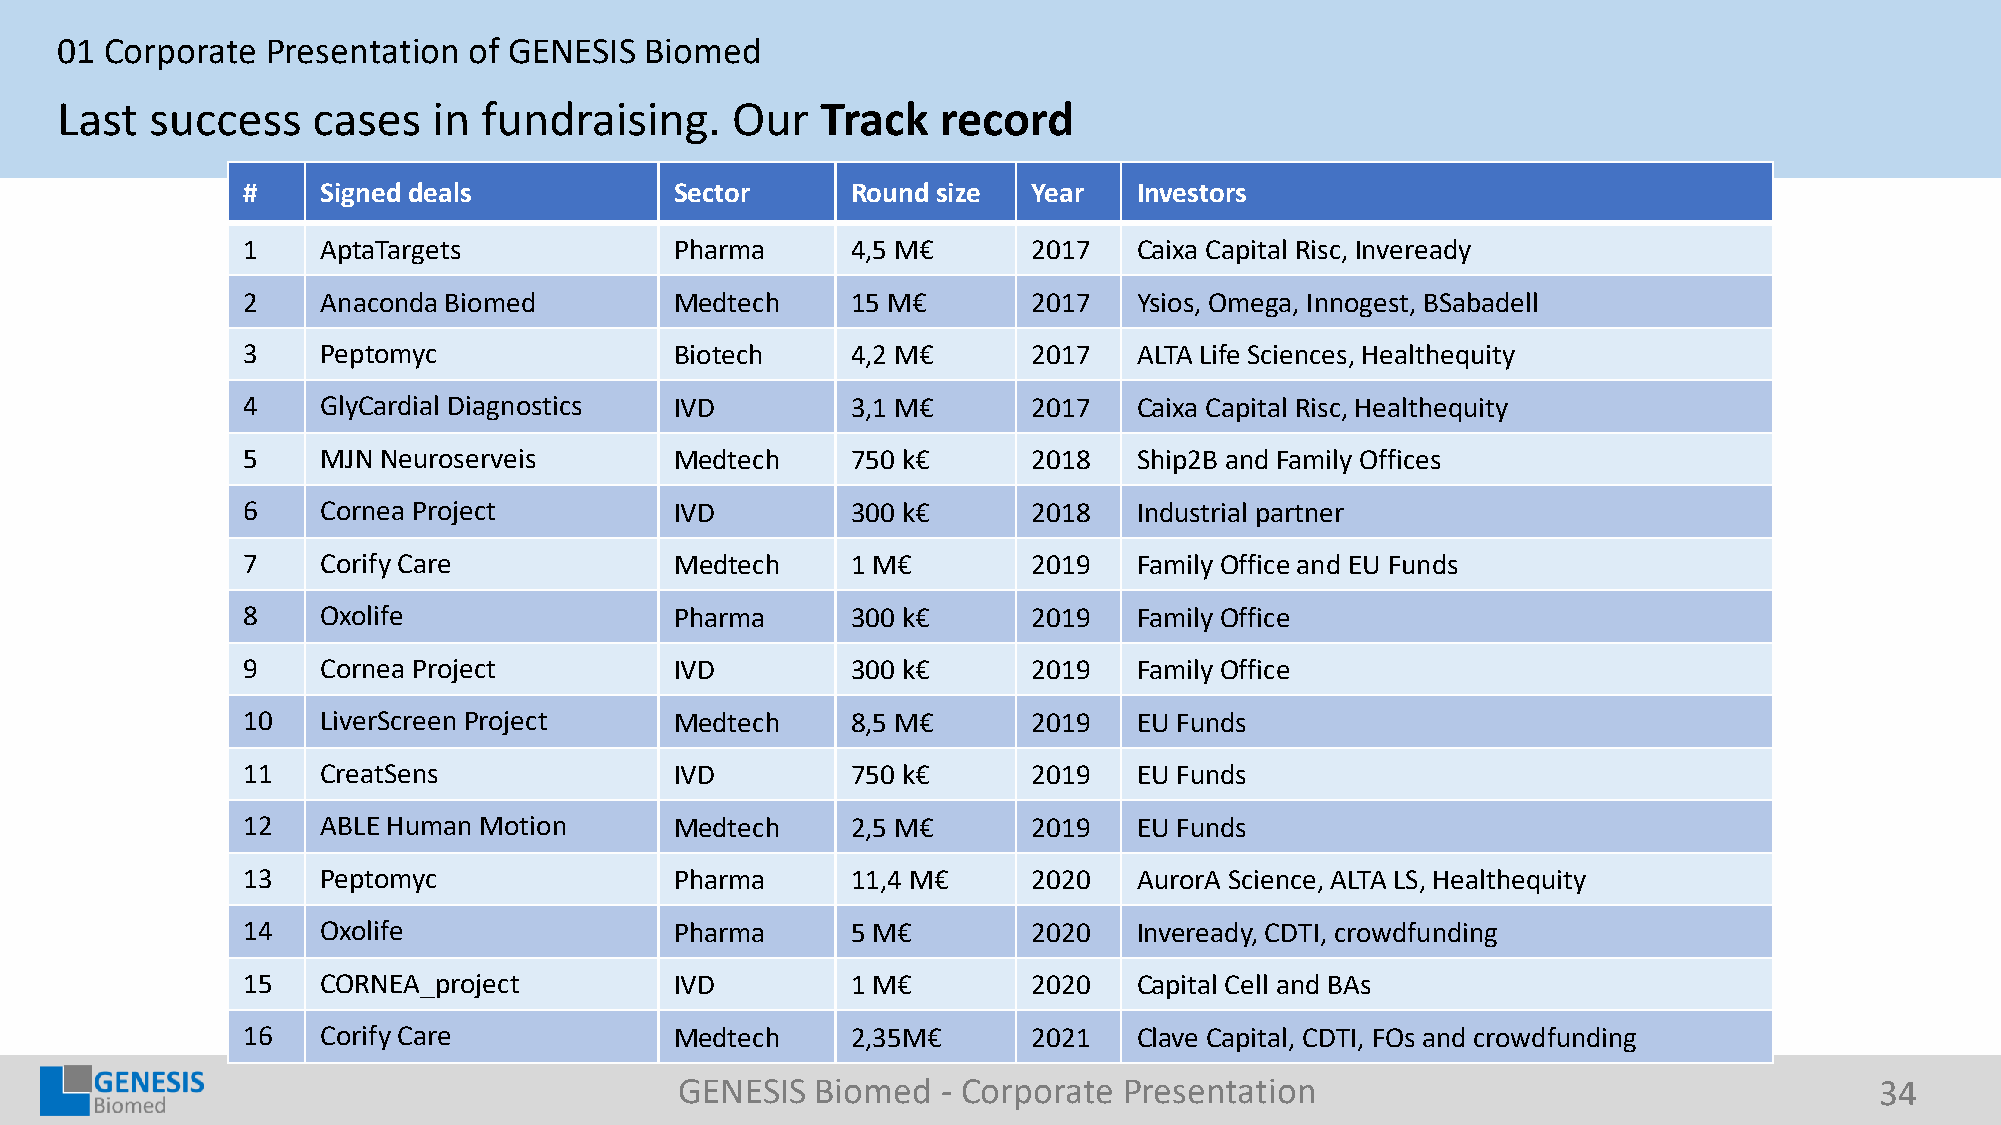
01 Corporate  Presentation of GENESIS  Biomed
 Last  success    cases   in fundraising.    Our   Track   record
 #    Signed deals            Sector     Round size  Year   Investors
 1    AptaTargets             Pharma     4,5 M€      2017   Caixa Capital Risc, Inveready
 2    Anaconda Biomed         Medtech    15 M€       2017   Ysios, Omega, Innogest, BSabadell
 3    Peptomyc                Biotech    4,2 M€      2017   ALTA Life Sciences, Healthequity
 4    GlyCardial Diagnostics  IVD        3,1 M€      2017   Caixa Capital Risc, Healthequity
 5    MJN Neuroserveis        Medtech    750 k€      2018   Ship2B and Family Offices
 6    Cornea Project          IVD        300 k€      2018   Industrial partner
 7    Corify Care             Medtech    1 M€        2019   Family Office and EU Funds
 8    Oxolife                 Pharma     300 k€      2019   Family Office
 9    Cornea Project          IVD        300 k€      2019   Family Office
 10   LiverScreen Project     Medtech    8,5 M€      2019   EU Funds
 11   CreatSens               IVD        750 k€      2019   EU Funds
 12   ABLE Human Motion       Medtech    2,5 M€      2019   EU Funds
 13   Peptomyc                Pharma     11,4 M€     2020   AurorA Science, ALTA LS, Healthequity
 14   Oxolife                 Pharma     5 M€        2020   Inveready, CDTI, crowdfunding
 15   CORNEA_project          IVD        1 M€        2020   Capital Cell and BAs
 16   Corify Care             Medtech    2,35M€      2021   Clave Capital, CDTI, FOs and crowdfunding
 GENESIS  Biomed  - Corporate Presentation                                      34